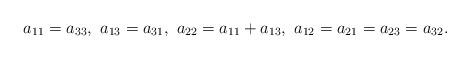
LaTeX: \begin{align*} a_{11}=a_{33},\ a_{13}=a_{31},\ a_{22}=a_{11}+a_{13},\ a_{12}=a_{21}=a_{23}=a_{32}.\end{align*}